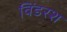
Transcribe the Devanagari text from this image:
विंडरश